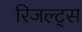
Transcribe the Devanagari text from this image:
रिजल्ट्स